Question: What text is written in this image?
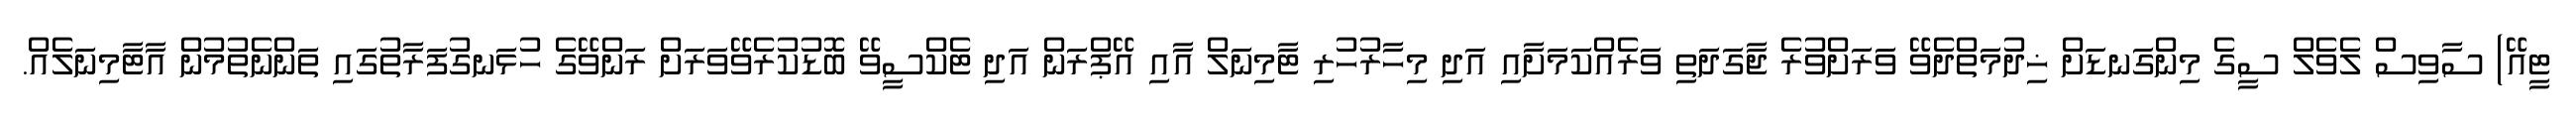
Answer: ޓީއޭ) ސާވިސް ލެވެލް ސީގެ މިންގަނޑަށް ޚިދުމަތްދެވޭ ވަރަށްވުރެ ޖާގަދަތި ވަރެއްކަމަށާއި އަދި މިހާރުހުރި ޓާމިނަލް އާއި އޭޕްރަން އަދި ޓެކްސީވޭ ބޮޑުކުރެވޭވަރަށް ރަންވޭގެ ހުޅަނގުފަރާތުގައި ތަންނެތުމުން އާޓާމިނަލެއް.